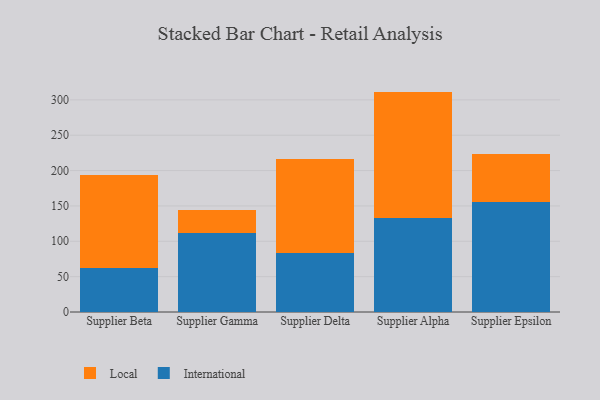
{"axis": {"x": "Supplier", "y": "Headcount"}, "legend": ["International", "Local"], "data": [{"x": "Supplier Beta", "y": 61.9, "type": "International"}, {"x": "Supplier Beta", "y": 132.0, "type": "Local"}, {"x": "Supplier Gamma", "y": 112.2, "type": "International"}, {"x": "Supplier Gamma", "y": 32.5, "type": "Local"}, {"x": "Supplier Delta", "y": 83.1, "type": "International"}, {"x": "Supplier Delta", "y": 133.1, "type": "Local"}, {"x": "Supplier Alpha", "y": 133.4, "type": "International"}, {"x": "Supplier Alpha", "y": 178.3, "type": "Local"}, {"x": "Supplier Epsilon", "y": 155.8, "type": "International"}, {"x": "Supplier Epsilon", "y": 67.4, "type": "Local"}]}